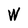
Character: W